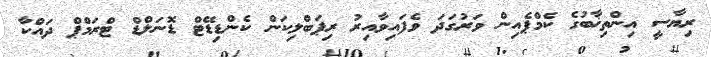
ރިޔާސީ އިންތިޚާބުގެ ކެމްޕެއިން ވަރުގަދަ ވެފައިވާއިރު ރިޕަބްލިކަން ކެންޑިޑޭޓް ޑޮނަލްޑް ޓްރަމްޕް ދައްކާ